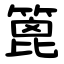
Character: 篦